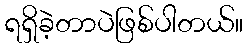
ရရှိခဲ့တာပဲဖြစ်ပါတယ်။